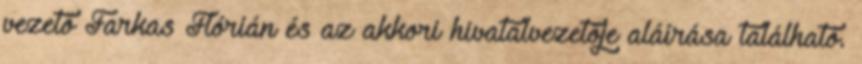
vezető Farkas Flórián és az akkori hivatalvezetője aláírása található.